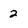
Character: 2